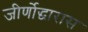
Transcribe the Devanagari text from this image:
जीर्णोद्धारास